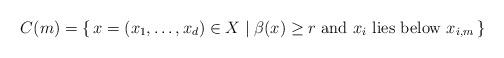
LaTeX: \begin{align*} C(m)=\{\, x = (x_1,\dotsc, x_d) \in X \mid \beta(x)\geq r \text{ and $x_i$ lies below $x_{i,m}$} \,\} \end{align*}